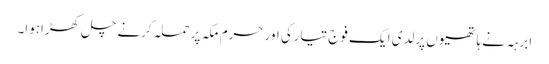
ابرہہ نے ہاتھیوں پرلدی ایک فوج تیارکی اور حرم مکہ پر حملہ کرنے چل کھڑاہوا۔